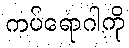
ကပ်ရောဂါကို